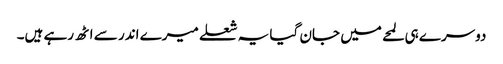
دوسرے ہی لمحے میں جان گیا یہ شعلے میرے اندر سے اٹھ رہے ہیں۔